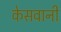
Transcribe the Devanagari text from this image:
केसवानी